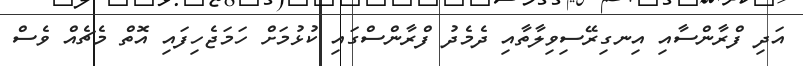
އަދި ފްރާންސާއި އިނގިރޭސިވިލާތާއި ދެމެދު ފްރާންސްގައި ކުޅުމަށް ހަމަޖެހިފައި އޮތް މެޗެއް ވެސް